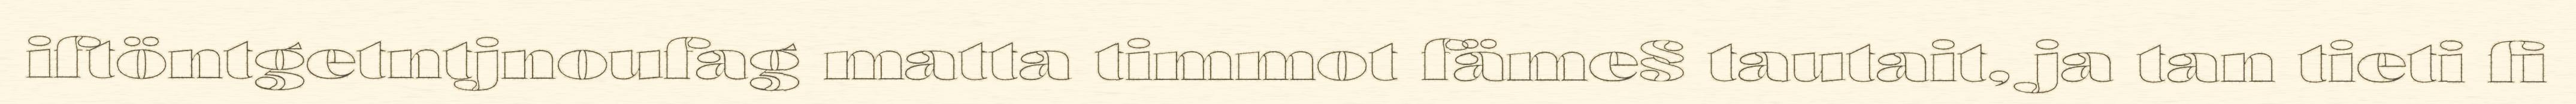
iftöntgetntjnoufag matta timmot fäme§ tautait, ja tan tieti fi